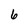
Character: 6